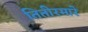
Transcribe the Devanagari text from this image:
तितीरमारे